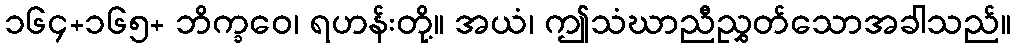
၁၆၄+၁၆၅+ ဘိက္ခဝေ၊ ရဟန်းတို့။ အယံ၊ ဤသံဃာညီညွှတ်သောအခါသည်။